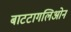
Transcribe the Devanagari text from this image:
बाटटागलिओन